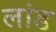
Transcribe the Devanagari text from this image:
लांड